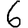
Digit: 6